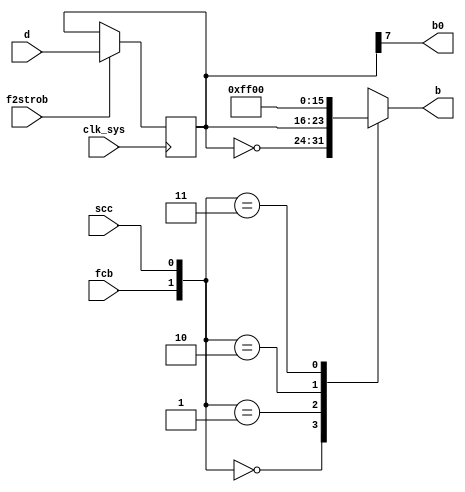
module b(
	input clk_sys,
	input f2strob,
	input [0:7] d,
	input fcb,
	input scc,
	output b0,
	output [0:7] b
);

	reg [0:7] b_reg;
	always @ (posedge clk_sys) begin
		if (f2strob) b_reg <= d;
	end

	assign b0 = b_reg[0];

	always @ (*) begin
		case ({fcb, scc})
			2'b00: b <= ~b_reg;
			2'b01: b <= b_reg;
			2'b10: b <= 8'hff;
			2'b11: b <= 8'h00;
		endcase
	end

endmodule